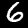
Digit: 6